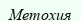
Метохия